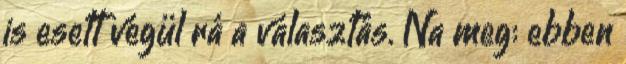
is esett végül rá a választás. Na meg: ebben